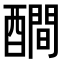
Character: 𨣉